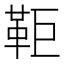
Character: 𩉸